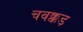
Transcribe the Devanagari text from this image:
चवक्कड़